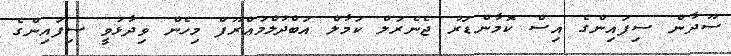
ސޫދާން ސިފައިންގެ އިސް ކޮމާންޑަރު ޖެނެރަލް ކަމާލް އަބްދުލްމަޢްރޫފް މިހެން ވިދާޅުވީ ސިފައިންގެ